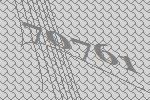
70761